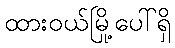
ထားဝယ်မြို့ပေါ်ရှိ